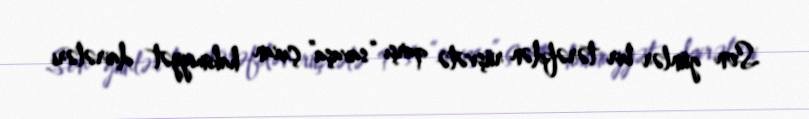
Son günlər bir tərəfdən rüşvətə qarşı “savaşa” çıxan hakimiyyət dairələri